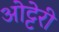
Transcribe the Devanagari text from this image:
ओट्टेरी